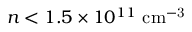
n < 1 . 5 \times 1 0 ^ { 1 1 } ~ \mathrm { c m ^ { - 3 } }